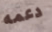
دعمه